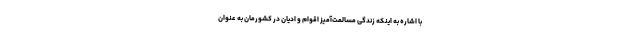
با اشاره به اینکه زندگی مسالمت‌آمیز اقوام و ادیان در کشورمان به عنوان